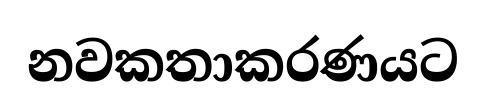
නවකතාකරණයට